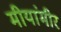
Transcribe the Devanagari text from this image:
मीयांमीर